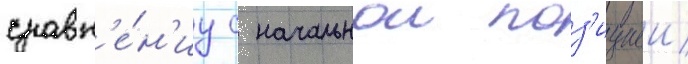
сравн'е́н'иу с начальнои поз'ициеи